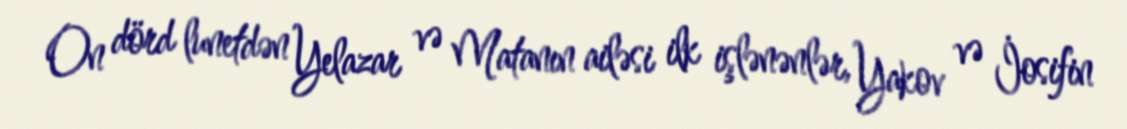
On dörd lunetdən Yelazar və Matanın ailəsi ilk işlənənlər, Yakov və İosifin